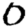
Digit: 0